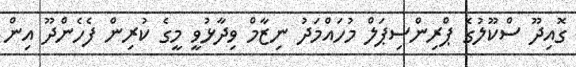
ގޮއިދޫ ސްކޫލުގެ ޕްރިންސިޕަލް މުހައްމަދު ނިޒާމް ވިދާޅުވީ މީގެ ކުރިން ފެހެންދޫ އިން